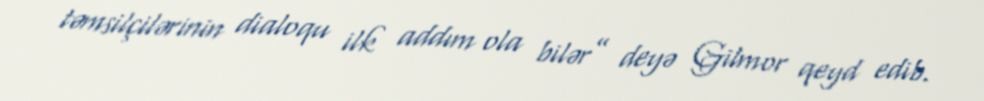
təmsilçilərinin dialoqu ilk addım ola bilər” deyə Gilmor qeyd edib.